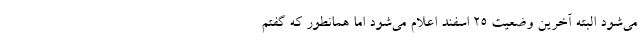
می‌شود البته آخرین وضعیت ۲۵ اسفند اعلام می‌شود اما همانطور که گفتم